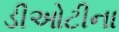
ડીઓટીના